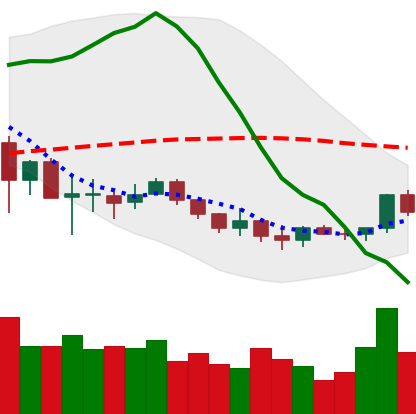
Ticker: LINK-USD
Chart end date: 2019-12-11
Forward return: -9.02%
Label: down_7plus